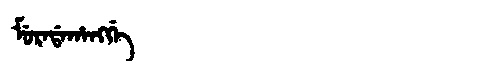
Manchu: ᠮᡠᡵᠠᡩᠠᡥᠠᠩᡤᡝ
Romanization: MURADAHANGGE